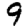
Digit: 9